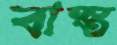
বাস্ত